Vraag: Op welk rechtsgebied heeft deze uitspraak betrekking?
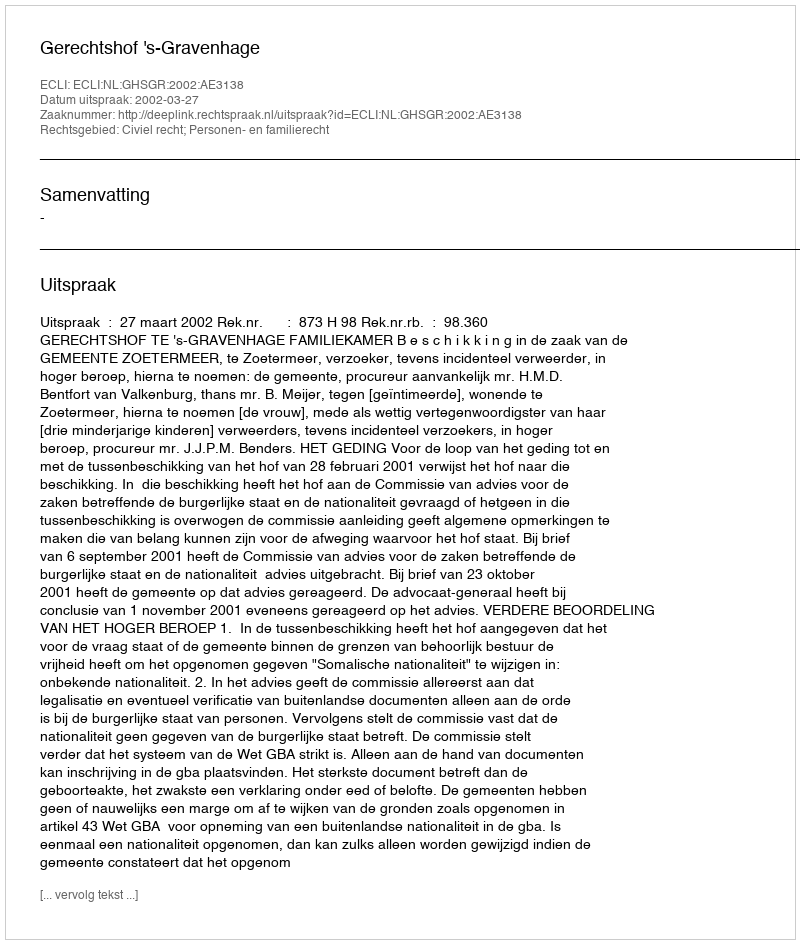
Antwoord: Civiel recht; Personen- en familierecht